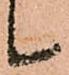
候